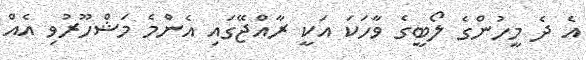
އެ ދެ މީހުންގެ ލޯބީގެ ވާހަކަ އަކީ ރާއްޖޭގައި އެންމެ މަޝްހޫރުވި އެއް